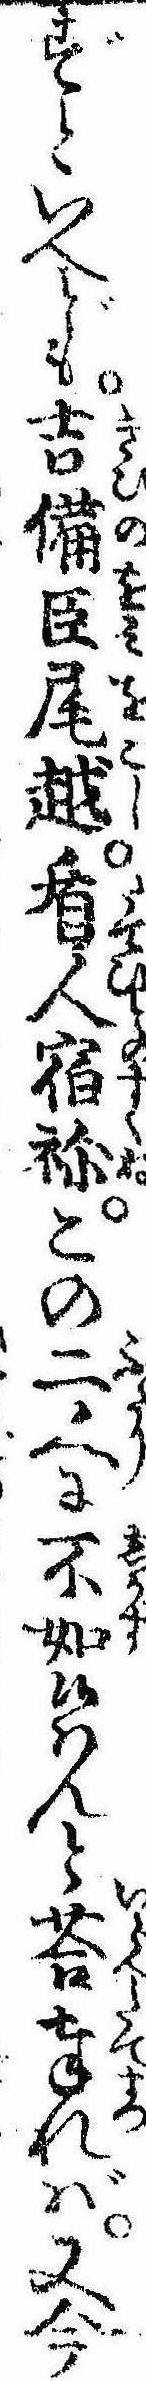
ずといへども吉備臣尾越盾人宿祢この二人に不如候はんと答奉れば又今